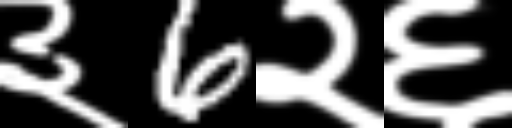
Text: ३6२६